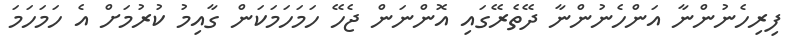
ފިރިހެނުންނާ އަންހެނުންނާ ދޭތެރޭގައި އޮންނަން ޖެހޭ ހަމަހަމަކަން ގާއިމު ކުރުމަށް އެ ހަމަހަމަ